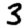
Digit: 3